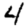
Digit: 4